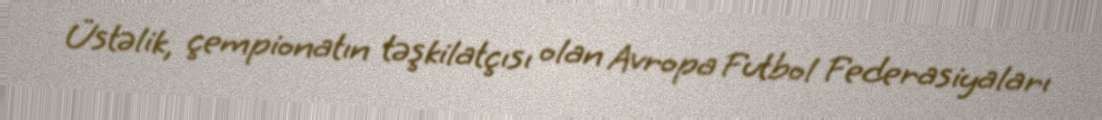
Üstəlik, çempionatın təşkilatçısı olan Avropa Futbol Federasiyaları